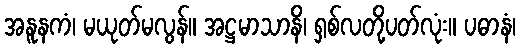
အနူနကံ၊ မယုတ်မလွန်။ အဋ္ဌမာသာနိ၊ ရှစ်လတို့ပတ်လုံး။ ပဓာနံ၊